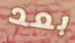
بعد